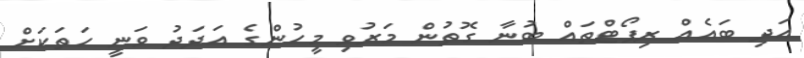
އަދި ބައެއް ރިޕޯޓްތައް ބުނާ ގޮތުން މަރުވި މީހުންގެ އަދަދު ވަނީ ހަތަކަށް